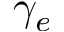
\gamma _ { e }